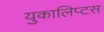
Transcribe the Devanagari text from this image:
युकालिप्टस